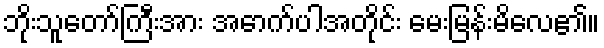
ဘိုးသူတော်ကြီးအား အောက်ပါအတိုင်း မေးမြန်းမိလေ၏။